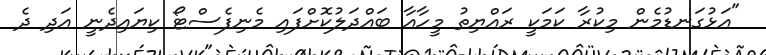
"އަޅުގަނޑުމެން މިކުރާ ކަމަކީ ރައްޔިތު މީހާއާ ބައްދަލުކޮށްފައި މެނިފެސްޓޯ ކިޔައިދެނީ އަދި ދެ